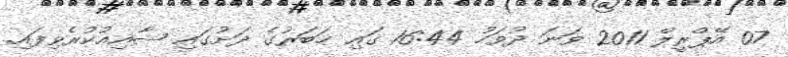
07 އޭޕްރީލް 2011 ވަނަ ދުވަހު 16:44 ގައި ޚަބަރުގެ ދަށުގައި ޝާއިޢުކުރެވިފައި.